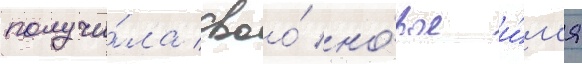
получи́ла своо́ но́вое и́м'я